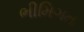
ભીમિગત